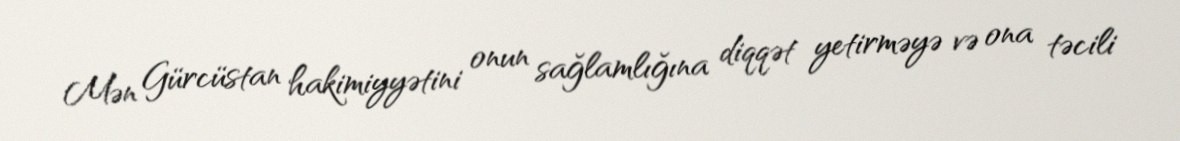
Mən Gürcüstan hakimiyyətini onun sağlamlığına diqqət yetirməyə və ona təcili